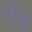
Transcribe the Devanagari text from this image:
हेटेस